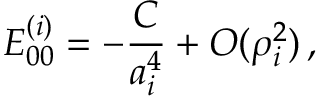
E _ { 0 0 } ^ { ( i ) } = - \frac { { \cal C } } { a _ { i } ^ { 4 } } + { \cal O } ( \rho _ { i } ^ { 2 } ) \, ,